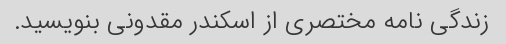
زندگی نامه مختصری از اسکندر مقدونی بنویسید.